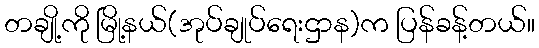
တချို့ကို မြို့နယ်(အုပ်ချုပ်ရေးဌာန)က ပြန်ခန့်တယ်။